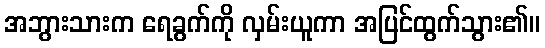
အဘွားသားက ရေခွက်ကို လှမ်းယူကာ အပြင်ထွက်သွား၏။